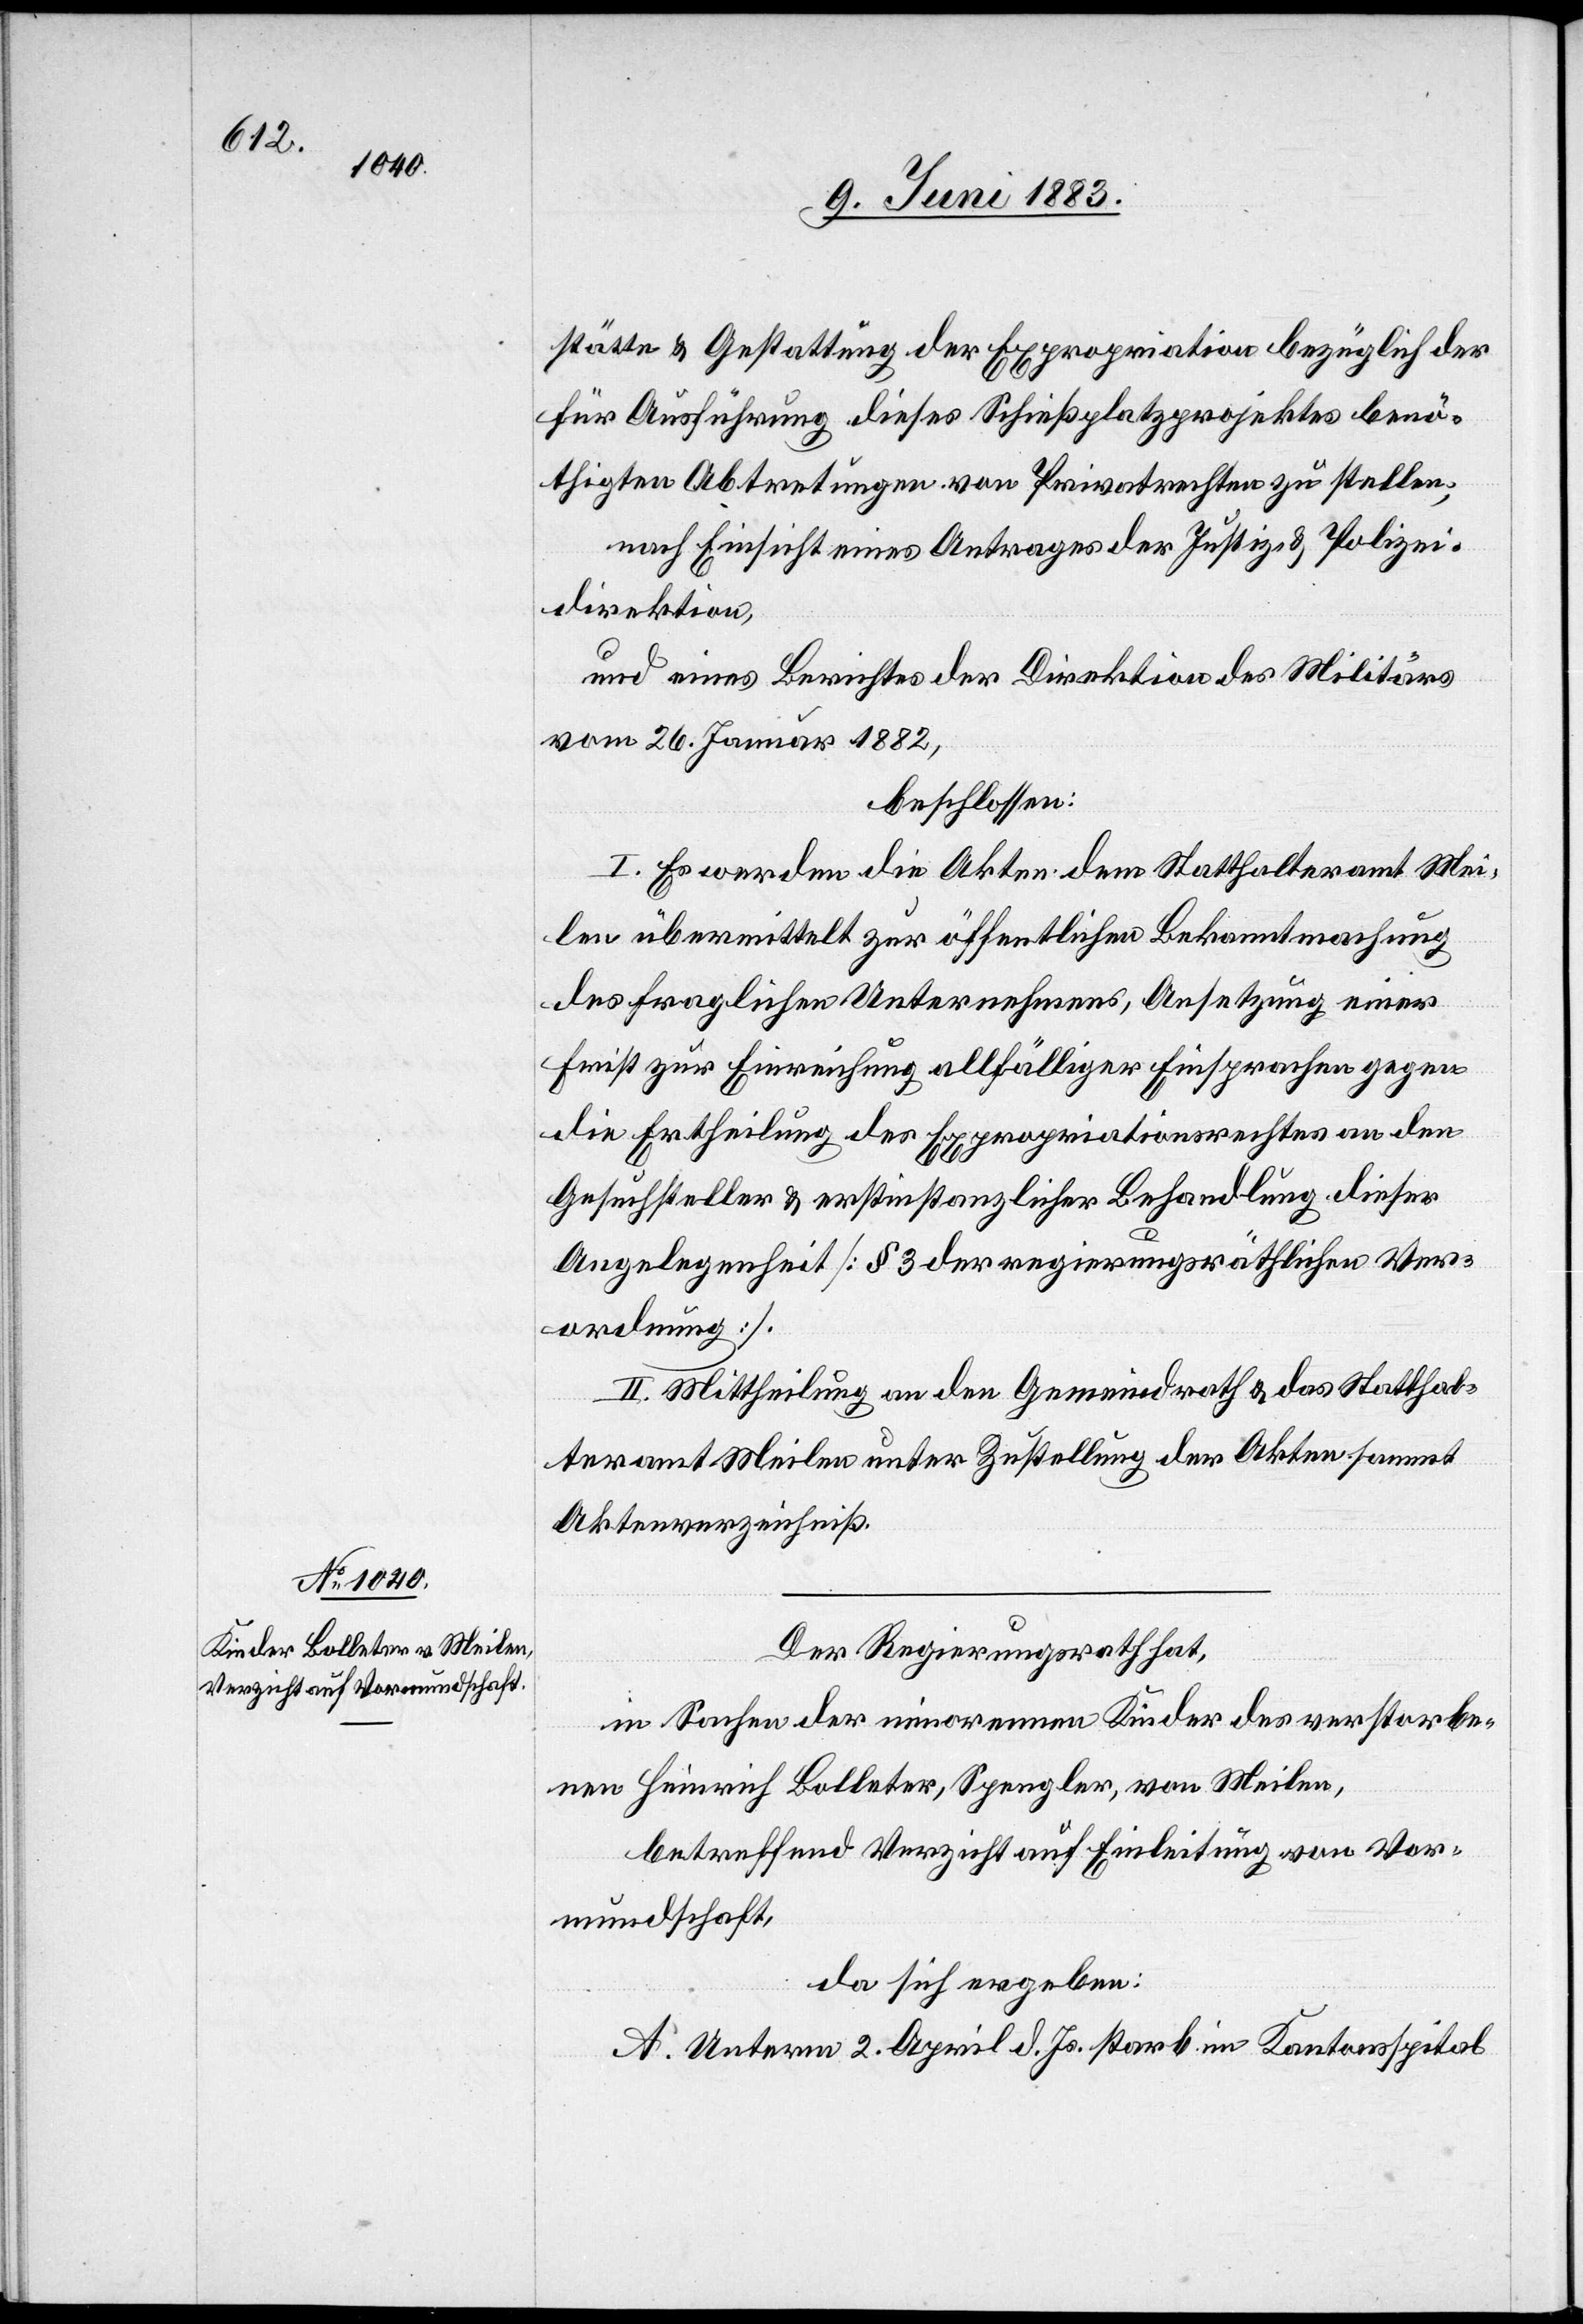
stätte & Gestattung der Expropriation bezüglich der
für Ausführung dieses Schießplatzprojektes benö¬
thigten Abtretungen von Privatrechten zu stellen;
nach Einsicht eines Antrages der Justiz- & Polizei¬
direktion,
und eines Berichtes der Direktion des Militärs
vom 26. Januar 1882,
beschlossen:
I. Es werden die Akten dem Statthalteramt Mei¬
len übermittelt zur öffentlichen Bekanntmachung
des fraglichen Unternehmens, Ansetzung einer
Frist zur Einreichung allfälliger Einsprachen gegen
die Ertheilung des Expropriationsrechtes an den
Gesuchsteller & erstinstanzlicher Behandlung dieser
Angelegenheit [§ 3 der regierungsräthlichen Ver¬
ordnung].
II, Mittheilung an den Gemeindrath & das Statthal¬
teramt Meilen unter Zustellung der Akten sammt
Aktenverzeichniß.
Der Regierungsrath hat,
in Sachen der minorennen Kinder des verstorbe¬
nen Heinrich Bolleter, Spengler, von Meilen,
betreffend Verzicht auf Einleitung von Vor¬
mundschaft,
da sich ergeben:
A. Unterm 2. April d. Js. starb im Kantonsspital